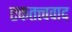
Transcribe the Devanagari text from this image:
एकतत्त्ववाद